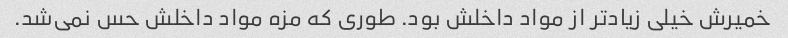
خمیرش خیلی زیادتر از مواد داخلش بود. طوری که مزه‌ مواد داخلش حس نمی‌شد.